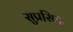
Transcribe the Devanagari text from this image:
सुप्रसि़द्घ